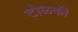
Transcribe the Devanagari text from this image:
टोळकी